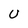
Character: U